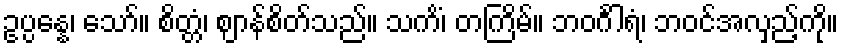
ဥပ္ပန္နေ၊ သော်။ စိတ္တံ၊ ဈာန်စိတ်သည်။ သကိံ၊ တကြိမ်။ ဘဝင်္ဂါရံ၊ ဘဝင်အလှည့်ကို။